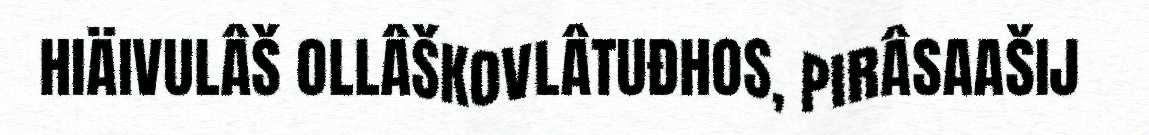
HIÄIVULÂŠ OLLÂŠKOVLÂTUĐHOS, PIRÂSAAŠIJ